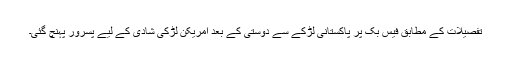
تفصیلات کے مطابق فیس بک پر پاکستانی لڑکے سے دوستی کے بعد امریکن لڑکی شادی کے لیے پسرور پہنچ گئی۔